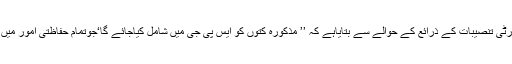
د ی ٹیلی گراف نے سکیورٹی تنصیبات کے ذرائع کے حوالے سے بتایاہے کہ ’’ مذکورہ کتوں کو ایس پی جی میں شامل کیاجائے گا‘جوتمام حفاظتی امور میں ماہر بتائے جارہے ہیں‘‘۔